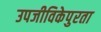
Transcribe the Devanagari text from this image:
उपजीविकेपुरता